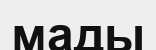
мады